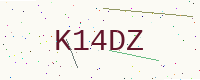
Text: K14DZ